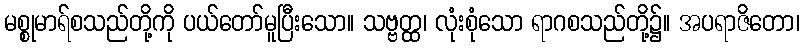
မစ္စုမာရ်စသည်တို့ကို ပယ်တော်မူပြီးသော။ သဗ္ဗတ္ထ၊ လုံးစုံသော ရာဂစသည်တို့၌။ အပရာဇိတော၊